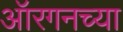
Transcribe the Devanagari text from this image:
ऑरगनच्या